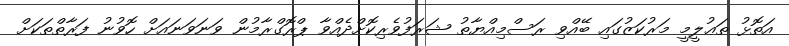
އަތޮޅު ތަޢުލީމީ މަރުކަޒުގައި ބޭއްވި ރަސްމިއްޔާތު ޝަރަފުވެރިކޮށްދެއްވާ ޕްރޮގްރާމުން ވަނަވަނައަށް ހޮވުނު ފަރާތްތަކަށް